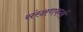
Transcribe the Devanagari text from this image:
संरक्षणकर्ता